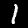
Digit: 1